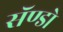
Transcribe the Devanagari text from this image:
सॅण्डो